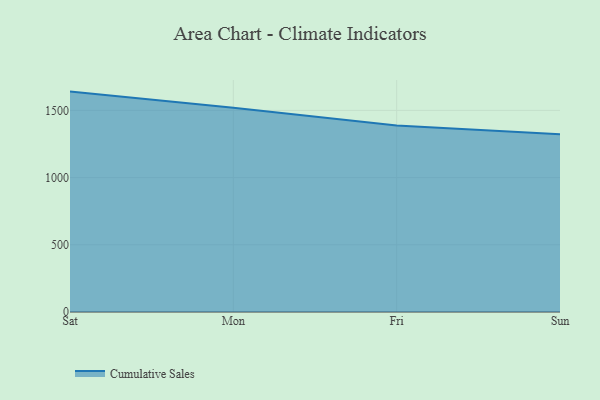
{"axis": {"x": "Day", "y": "Population (Million)"}, "legend": ["Cumulative Sales"], "data": [{"x": "Sat", "y": 1639.9, "type": "Cumulative Sales"}, {"x": "Mon", "y": 1519.0, "type": "Cumulative Sales"}, {"x": "Fri", "y": 1386.9, "type": "Cumulative Sales"}, {"x": "Sun", "y": 1322.0, "type": "Cumulative Sales"}]}